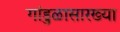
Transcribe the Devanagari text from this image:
गांडुळासारख्या